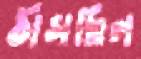
ঠাসছিল